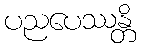
ပညပေဿန္တိ